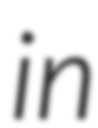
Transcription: in